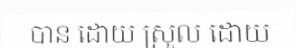
បាន ដោយ ស្រួល ដោយ